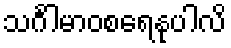
သင်္ဂါမာဝစရေနုပါလိ